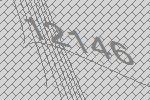
12146